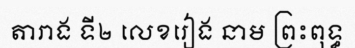
តារាង ទី២ លេខរៀង នាម ព្រះពុទ្ធ